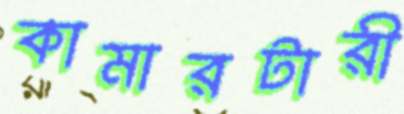
কামারটারী